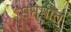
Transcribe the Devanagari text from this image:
सप्तमात